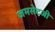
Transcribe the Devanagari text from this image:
जमसेटजी